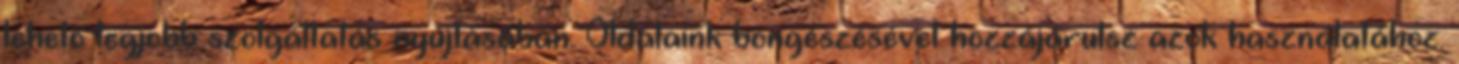
lehető legjobb szolgáltatás nyújtásában. Oldalaink böngészésével hozzájárulsz azok használatához.